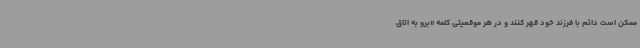
ممکن است دائم با فرزند خود قهر کنند و در هر موقعیتی کلمه «برو به اتاق